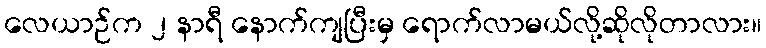
လေယာဉ်က ၂ နာရီ နောက်ကျပြီးမှ ရောက်လာမယ်လို့ဆိုလိုတာလား။